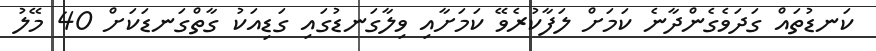
ކަނޑުތައް ގަދަވެގެންދާނެ ކަމަށް ލަފާކުރެވޭ ކަމަށާއި ވިލާގަނޑުގައި ގަޑިއަކު ގާތްގަނޑަކަށް 40 މޭލު